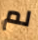
لم